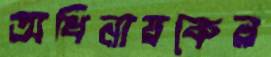
অধিনায়কের